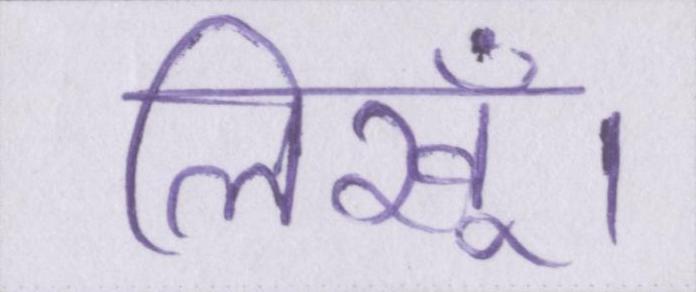
लिखूँ।